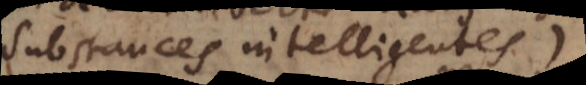
substances intelligentes),